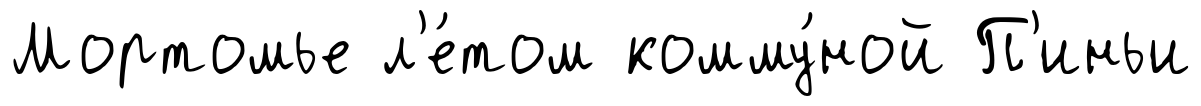
Мортомье л'е́том комму́ной П'иньи